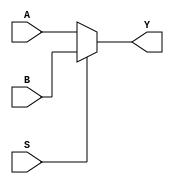
module MUX2_5B (A,B,S,Y);
    input [4:0] A,B;
    input S;
    output [4:0] Y;
    assign Y = (S)? B: A; 
endmodule